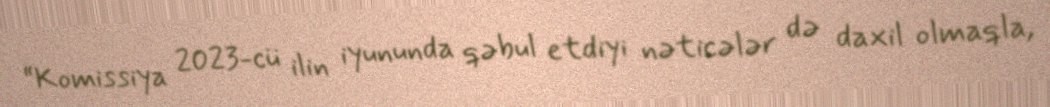
“Komissiya 2023-cü ilin iyununda qəbul etdiyi nəticələr də daxil olmaqla,